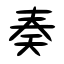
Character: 奏